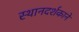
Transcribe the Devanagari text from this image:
स्थानदर्शकाने